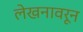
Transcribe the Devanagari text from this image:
लेखनावरून